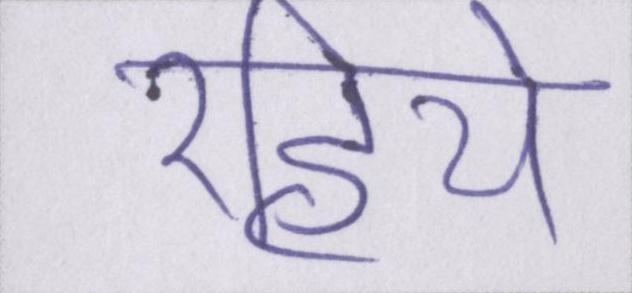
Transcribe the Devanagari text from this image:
रहिये